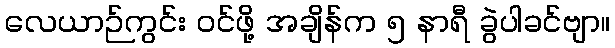
လေယာဉ်ကွင်း ဝင်ဖို့ အချိန်က ၅ နာရီ ခွဲပါခင်ဗျာ။